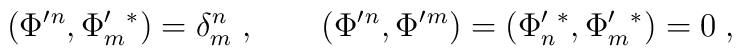
(\Phi'{}^n,\Phi'_m{}^*)=\delta^n_m\;,\qquad(\Phi'{}^n,\Phi'{}^m)=(\Phi'_n{}^*,\Phi'_m{}^*)=0\;,